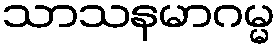
သာသနမာဂမ္မ